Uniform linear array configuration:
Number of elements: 32
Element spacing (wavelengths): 0.75
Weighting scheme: blackman
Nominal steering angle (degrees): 0
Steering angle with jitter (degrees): -1.354
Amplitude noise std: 0.05
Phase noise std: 0.05

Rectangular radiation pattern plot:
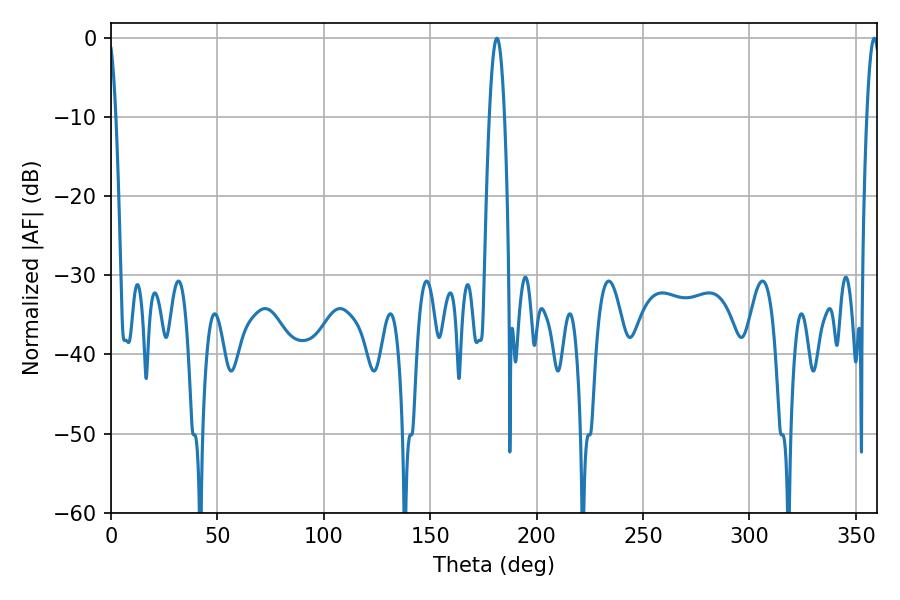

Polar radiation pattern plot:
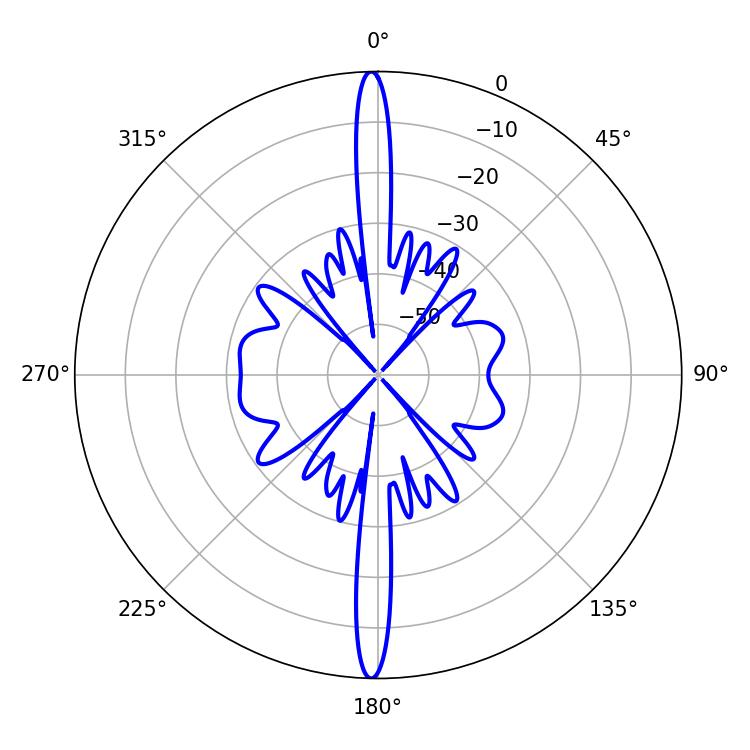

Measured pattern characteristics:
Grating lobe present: TRUE
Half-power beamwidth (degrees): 3.78
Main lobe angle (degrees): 181.26